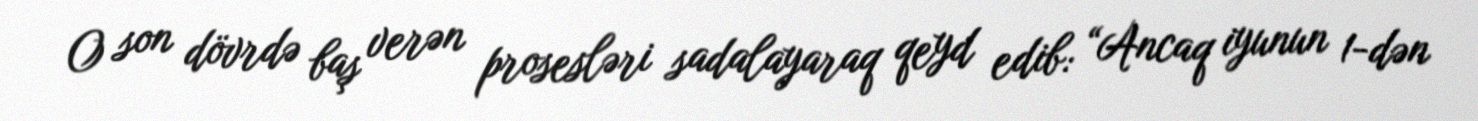
O son dövrdə baş verən prosesləri sadalayaraq qeyd edib: “Ancaq iyunun 1-dən